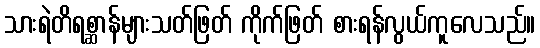
သားရဲတိရစ္ဆာန်များသတ်ဖြတ် ကိုက်ဖြတ် စားရန်လွယ်ကူလေသည်။